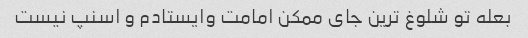
بعله تو شلوغ ترین جای ممکن امامت وایستادم و اسنپ نیست